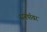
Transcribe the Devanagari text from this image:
सनपॉवर